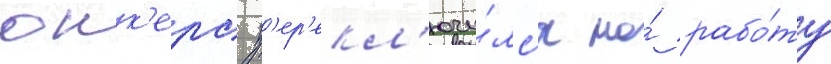
юнк'ерс п'ер'екл'ючи́лс'я на́ рабо́ту